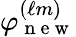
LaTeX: \varphi_{\mathrm{~n~e~w~}}^{(\ell m)}